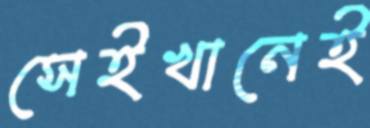
সেইখানেই